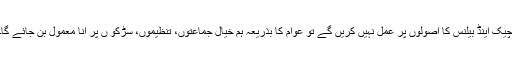
چیک اینڈ بیلنس کا اصولوں پر عمل نہیں کریں گے تو عوام کا بذریعہ ہم خیال جماعتوں، تنظیموں، سڑکو ں پر آنا معمول بن جائے گا۔